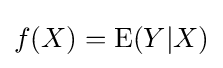
f(X)=\operatorname {E} (Y|X)